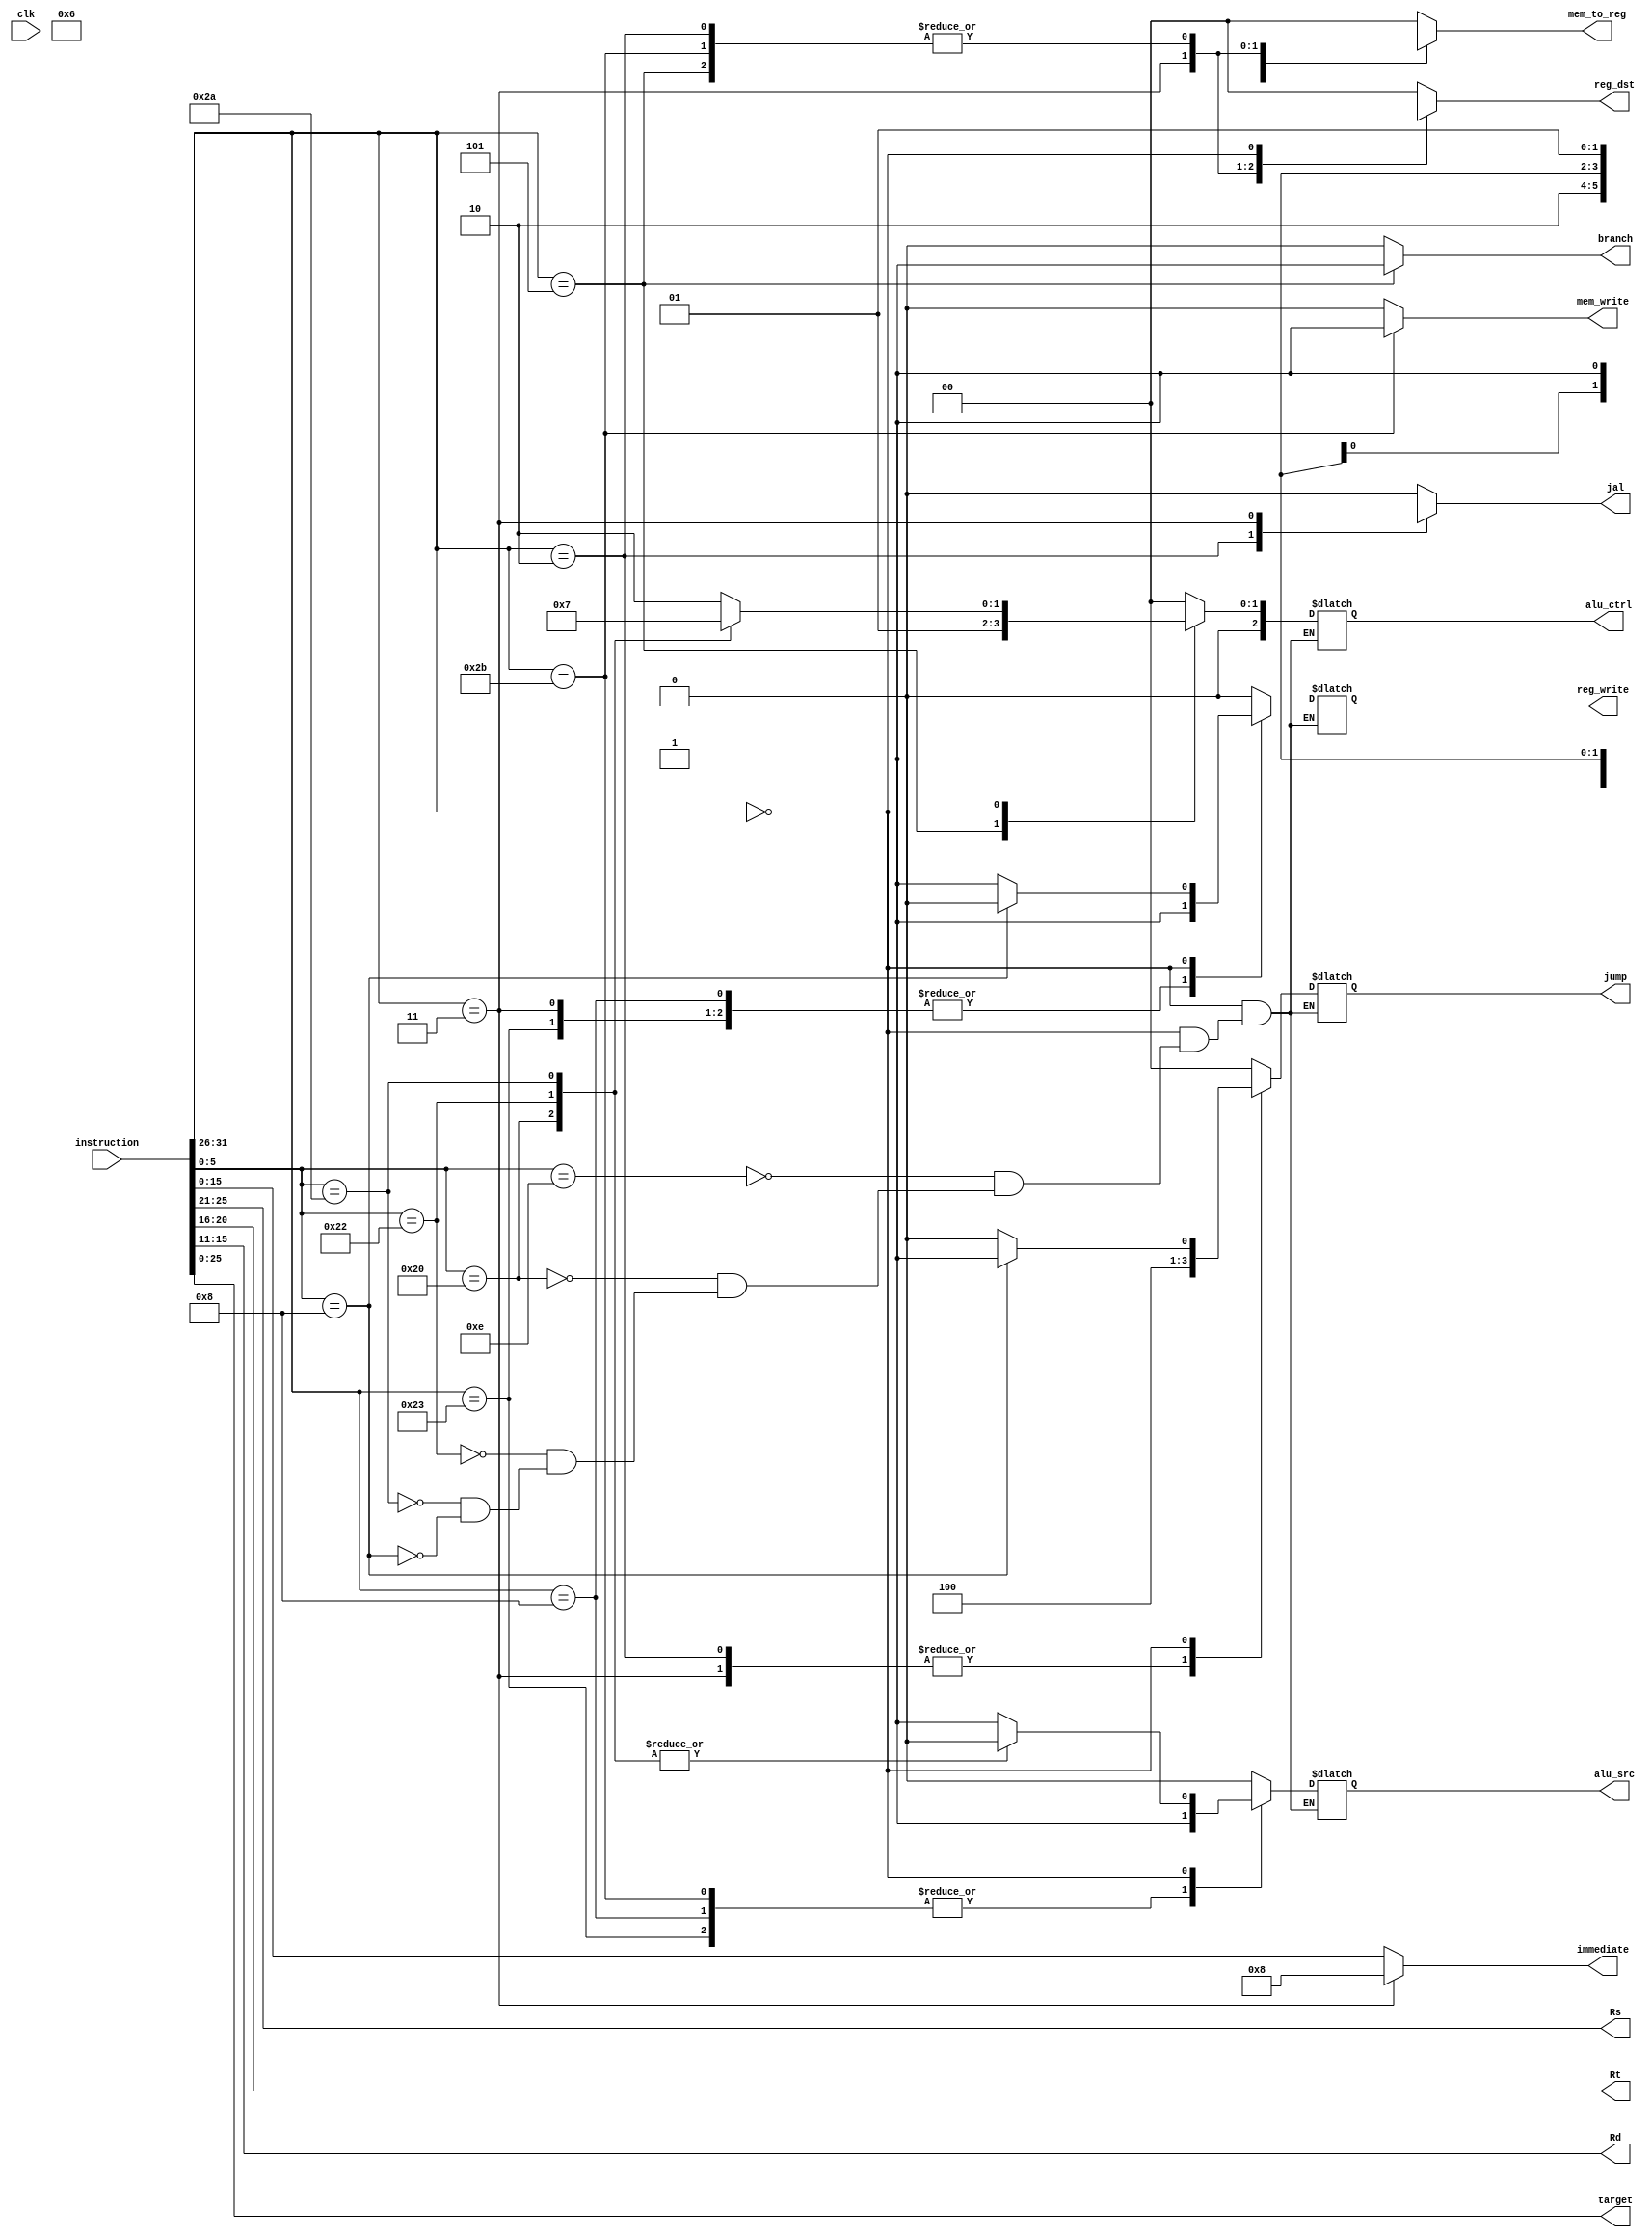
/* 
Instruction Decoder

Takes in an instruction, outputs all control signals for CPU components
*/


module instr_decoder (
    input [31:0] instruction,
    input clk,
    output reg branch, reg_write, mem_write, alu_src, jal,
    output reg [1:0] jump, reg_dst, mem_to_reg,
    output reg [2:0] alu_ctrl,
    output reg [4:0] Rs, Rt, Rd,
    output reg [15:0] immediate,
    output reg [25:0] target
);

parameter LW = 6'h23; //opcode parameters
parameter SW = 6'h2b;
parameter J = 6'h2;
parameter JAL = 6'h3;
parameter BNE = 6'h5;
parameter ADDI = 6'h8;
parameter FUNC = 6'h0;

parameter XORI = 6'he; //function parameters for R-types
parameter ADD = 6'h20;
parameter SUB = 6'h22;
parameter SLT = 6'h2a;
parameter JR = 6'h8;

reg [5:0] op_code, func_code;

// Listen for instruction change
always @(instruction) begin

    op_code = instruction[31:26];
    Rs = instruction[25:21];
    Rt = instruction[20:16];
    Rd = instruction[15:11];
    func_code = instruction[5:0];
    target = instruction[25:0];

    case (op_code)

        // Load word 
        LW: begin
            branch = 1'b0;
            reg_write = 1'b1;
            mem_write = 1'b0;
            alu_src = 1'b1;
            jal = 1'b0;
            jump = 2'b0;
            reg_dst = 2'b0;
            mem_to_reg = 2'b1;
            alu_ctrl = 3'b0;
            immediate = instruction[15:0];
        end

        // Store word
        SW: begin
            branch = 1'b0;
            reg_write = 1'b0;
            mem_write = 1'b1;
            alu_src = 1'b1;
            jal = 1'b0;
            jump = 2'b0;
            reg_dst = 2'bx;
            mem_to_reg = 2'bx;
            alu_ctrl = 3'b0;
            immediate = instruction[15:0];
        end

        // Jump
        J: begin
            branch = 1'b0;
            reg_write = 1'b0;
            mem_write = 1'b0;
            alu_src = 1'bx;
            jal = 1'bx;
            jump = 2'b10;
            reg_dst = 2'bx;
            mem_to_reg = 2'bx;
            alu_ctrl = 3'bx;
            immediate = instruction[15:0];
        end

        // Jump aligned
        JAL: begin
            branch = 1'b0;
            reg_write = 1'b1;
            mem_write = 1'b0;
            alu_src = 1'bx;
            jal = 1'b1;
            jump = 2'b10;
            reg_dst = 2'b10;
            mem_to_reg = 2'b10;
            alu_ctrl = 3'bx;
            immediate = 16'd8;
        end

        // Branch not equal
        BNE: begin
            branch = 1'b1;
            reg_write = 1'b0;
            mem_write = 1'b0;
            alu_src = 1'b0;
            jal = 1'b0;
            jump = 2'b0;
            reg_dst = 2'bx;
            mem_to_reg = 2'bx;
            alu_ctrl = 3'b1;
            immediate = instruction[15:0];
        end

        // Add immediate
        ADDI: begin
            branch = 1'b0;
            reg_write = 1'b1;
            mem_write = 1'b0;
            alu_src = 1'b1;
            jal = 1'b0;
            jump = 2'b0;
            reg_dst = 2'b0;
            mem_to_reg = 2'b0;
            alu_ctrl = 3'b0;
            immediate = instruction[15:0];
        end

        // R-types, opcode = 0
        FUNC: begin
            branch = 1'b0;
            mem_write = 1'b0;
            mem_to_reg = 2'b0;
            jal = 1'b0;
            reg_dst = 2'b1;
            immediate = instruction[15:0];

            case (func_code)

                XORI: begin
                    reg_write = 1'b1;
                    alu_src = 1'b1;
                    jump =  2'b0;
                    alu_ctrl = 3'd2;
                end

                ADD: begin
                    reg_write = 1'b1;
                    alu_src = 1'b0;
                    jump =  2'b0;
                    alu_ctrl = 3'd0;
                end

                SUB: begin
                    reg_write = 1'b1;
                    alu_src = 1'b0;
                    jump = 2'b0;
                    alu_ctrl = 3'd1;
                end

                SLT: begin
                    reg_write = 1'b1;
                    alu_src = 1'b0;
                    jump = 2'b0;
                    alu_ctrl = 3'd3;
                end

                JR: begin
                    reg_write = 1'b0;
                    alu_src = 1'bx;
                    jump = 2'b1;
                    alu_ctrl = 3'bx;
                end
            endcase
        end

        // Default case
        default: begin
            branch = 1'b0;
            reg_write = 1'b0;
            mem_write = 1'b0;
            alu_src = 1'b0;
            jal = 1'b0;
            jump = 2'b0;
            reg_dst = 2'b0;
            mem_to_reg = 2'b0;
            alu_ctrl = 3'b0;
            immediate = instruction[15:0];
        end
    endcase
end
endmodule